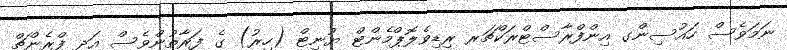
ނަމަވެސް ހައުސިންގ އިންފްރާސްޓްރަކްޗަރ ރިޑިވެލޮޕްމެންޓް ޔުނިޓް (ހިރު) ގެ ފަރާތުންވެސް އަދި ފްރެންޗް